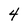
Character: 4